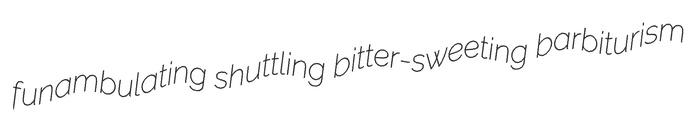
funambulating shuttling bitter-sweeting barbiturism